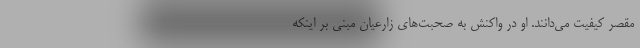
مقصر کیفیت می‌دانند. او در واکنش به صحبت‌های زارعیان مبنی بر اینکه